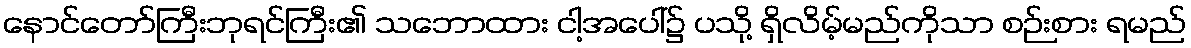
နောင်တော်ကြီးဘုရင်ကြီး၏ သဘောထား ငါ့အပေါ်၌ ပသို့ ရှိလိမ့်မည်ကိုသာ စဉ်းစား ရမည်